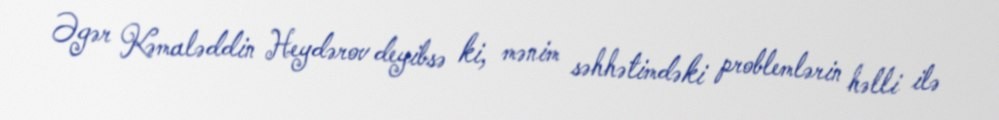
Əgər Kəmaləddin Heydərov deyibsə ki, mənim səhhətimdəki problemlərin həlli ilə